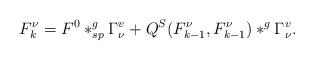
LaTeX: \begin{align*}F^{\nu}_k=F^0\ast^g_{sp}\Gamma^v_{\nu}+Q^S(F^{\nu}_{k-1},F^{\nu}_{k-1})\ast^g \Gamma^v_{\nu}.\end{align*}